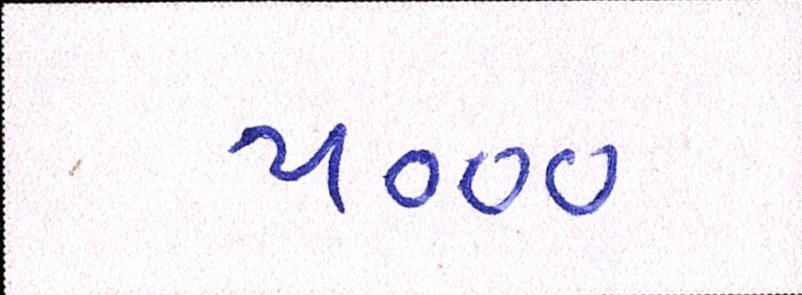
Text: ૫૦૦૦